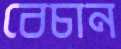
বেচান